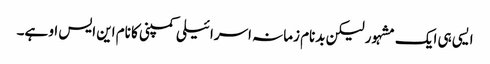
ایسی ہی ایک مشہور لیکن بدنام زمانہ اسرائیلی کمپنی کا نام این ایس او ہے۔